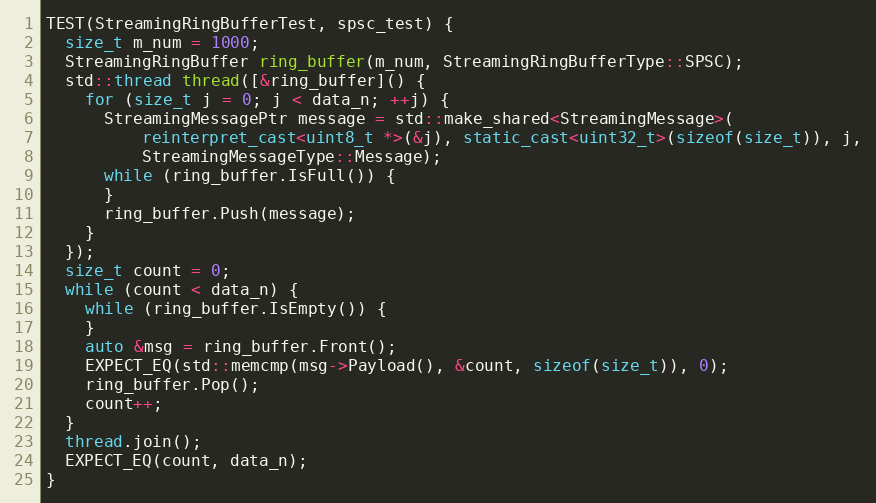
Language: C++
TEST(StreamingRingBufferTest, spsc_test) {
  size_t m_num = 1000;
  StreamingRingBuffer ring_buffer(m_num, StreamingRingBufferType::SPSC);
  std::thread thread([&ring_buffer]() {
    for (size_t j = 0; j < data_n; ++j) {
      StreamingMessagePtr message = std::make_shared<StreamingMessage>(
          reinterpret_cast<uint8_t *>(&j), static_cast<uint32_t>(sizeof(size_t)), j,
          StreamingMessageType::Message);
      while (ring_buffer.IsFull()) {
      }
      ring_buffer.Push(message);
    }
  });
  size_t count = 0;
  while (count < data_n) {
    while (ring_buffer.IsEmpty()) {
    }
    auto &msg = ring_buffer.Front();
    EXPECT_EQ(std::memcmp(msg->Payload(), &count, sizeof(size_t)), 0);
    ring_buffer.Pop();
    count++;
  }
  thread.join();
  EXPECT_EQ(count, data_n);
}